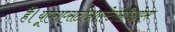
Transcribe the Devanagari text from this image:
हैं।यूएसएसटीआरऐटीसीओएम्